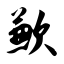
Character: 歉